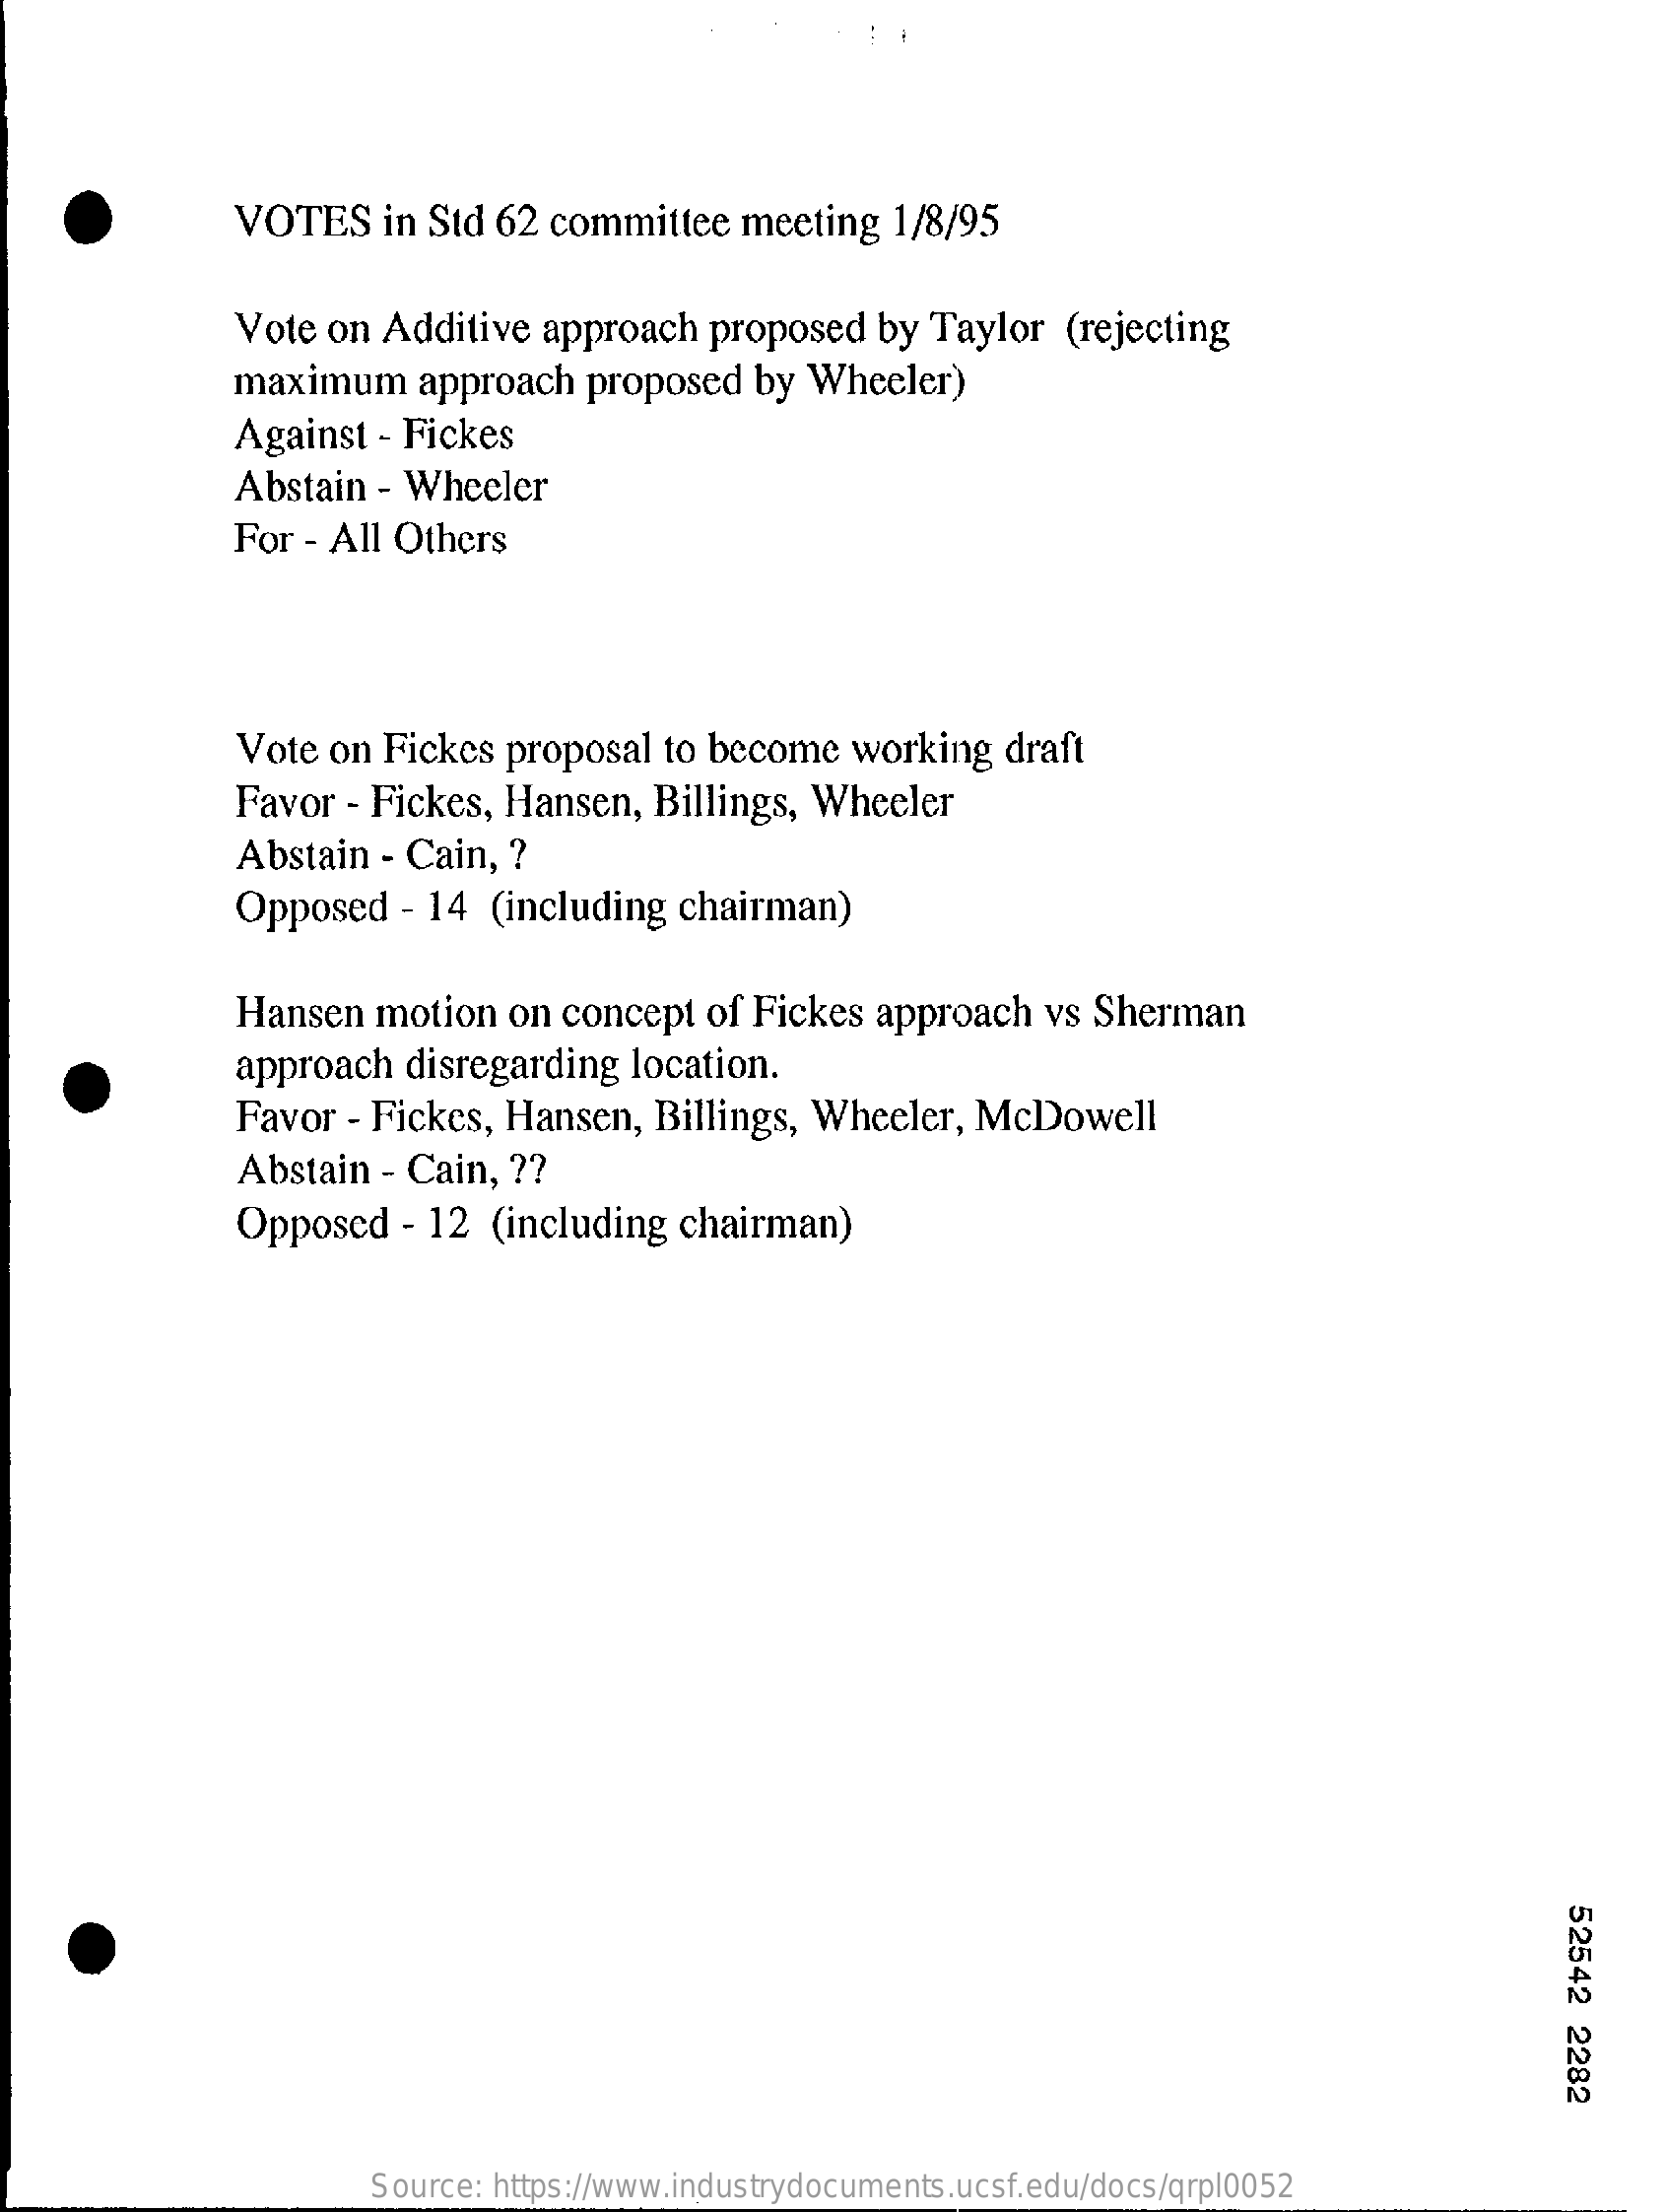
VOTES   in Std  62 committee   meeting   1/8/95
     Vote  on  Additive  approach  proposed   by  Taylor  (rejecting
     maximum    approach   proposed  by  Wheeler)
     Against  - Fickes
     Abstain - Wheeler
     For  - All Others
     Vote on Fickes  proposal  to become   working   draft
     Favor  - Fickes, Hansen,   Billings, Wheeler
     Abstain   - Cain, ?
     Opposed    - 14 (including  chairman)
     Hansen  motion  on  concept  of Fickes  approach   vs Sherman
     approach  disregarding  location.
     Favor - Fickes, Hansen,   Billings, Wheeler,  McDowell
     Abstain  - Cain, ??
     Opposed    - 12 (including  chairman)
     52542
     2282
     Source: https://www.industrydocuments.ucsf.edu/docs/qrpl0052